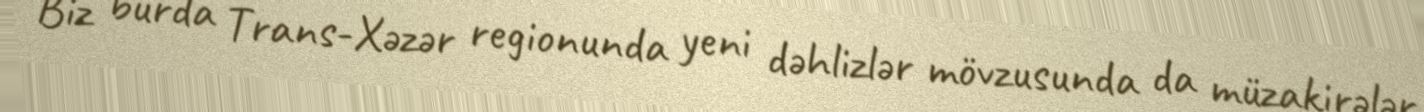
Biz burda Trans-Xəzər regionunda yeni dəhlizlər mövzusunda da müzakirələr